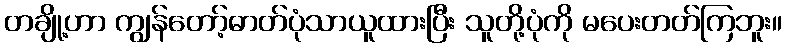
တချို့ဟာ ကျွန်တော့်ဓာတ်ပုံသာယူထားပြီး သူတို့ပုံကို မပေးတတ်ကြဘူး။